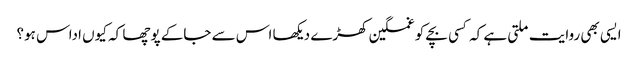
ایسی بھی روایت ملتی ہے کہ کسی بچے کو غمگین کھڑے دیکھا اس سے جاکے پوچھا کہ کیوں اداس ہو؟